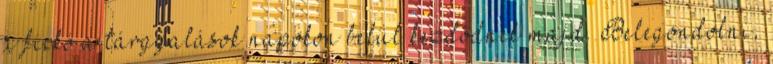
a fickó a tárgyalások napokon belül kezdődnek majd. Belegondolni,